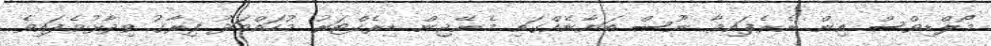
މޯލްޑިވްސް އިން ނެރެފައިވާ ނޫސް ބަޔާނެއްގައި މެނޭޖިން ޑިރެކްޓަރު މުހައްމަދު ފިރާގު ވިދާޅުވެފައިވެ